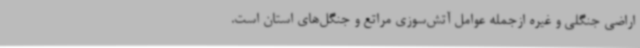
اراضی جنگلی و غیره ازجمله عوامل آتش‌سوزی مراتع و جنگل‌های استان است.